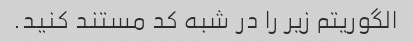
الگوریتم زیر را در شبه کد مستند کنید.